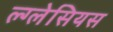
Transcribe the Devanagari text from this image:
ल्ग्लेसियस